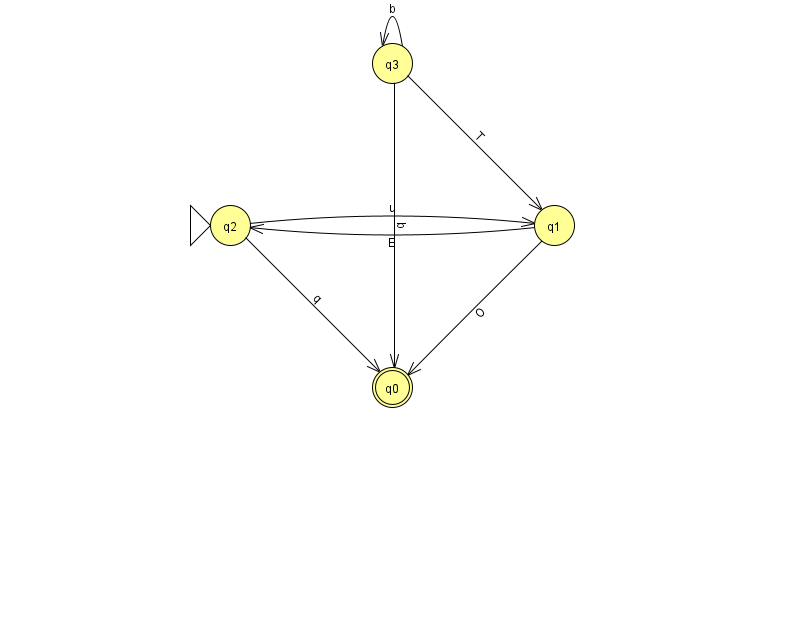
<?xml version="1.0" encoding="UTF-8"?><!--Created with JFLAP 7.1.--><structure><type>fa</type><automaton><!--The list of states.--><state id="0" name="q0"><x>392.0</x><y>374.0</y><final/></state><state id="1" name="q1"><x>554.0</x><y>212.0</y></state><state id="2" name="q2"><x>230.0</x><y>212.0</y><initial/></state><state id="3" name="q3"><x>392.0</x><y>50.0</y></state><!--The list of transitions.--><transition><from>3</from><to>3</to><read>b</read></transition><transition><from>1</from><to>0</to><read>O</read></transition><transition><from>2</from><to>0</to><read>q</read></transition><transition><from>1</from><to>2</to><read>E</read></transition><transition><from>2</from><to>1</to><read>u</read></transition><transition><from>3</from><to>0</to><read>b</read></transition><transition><from>3</from><to>1</to><read>T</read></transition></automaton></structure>